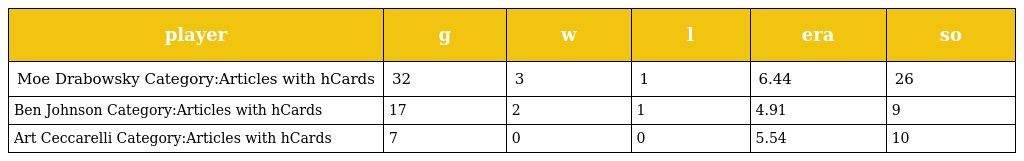
| player | g | w | l | era | so |
 | --- | --- | --- | --- | --- | --- |
 | Moe Drabowsky Category:Articles with hCards | 32 | 3 | 1 | 6.44 | 26 |
 | Ben Johnson Category:Articles with hCards | 17 | 2 | 1 | 4.91 | 9 |
 | Art Ceccarelli Category:Articles with hCards | 7 | 0 | 0 | 5.54 | 10 |